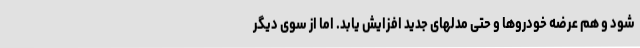
شود و هم عرضه خودروها و حتی مدلهای جدید افزایش یابد. اما از سوی دیگر